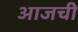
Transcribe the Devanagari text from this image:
अाजची